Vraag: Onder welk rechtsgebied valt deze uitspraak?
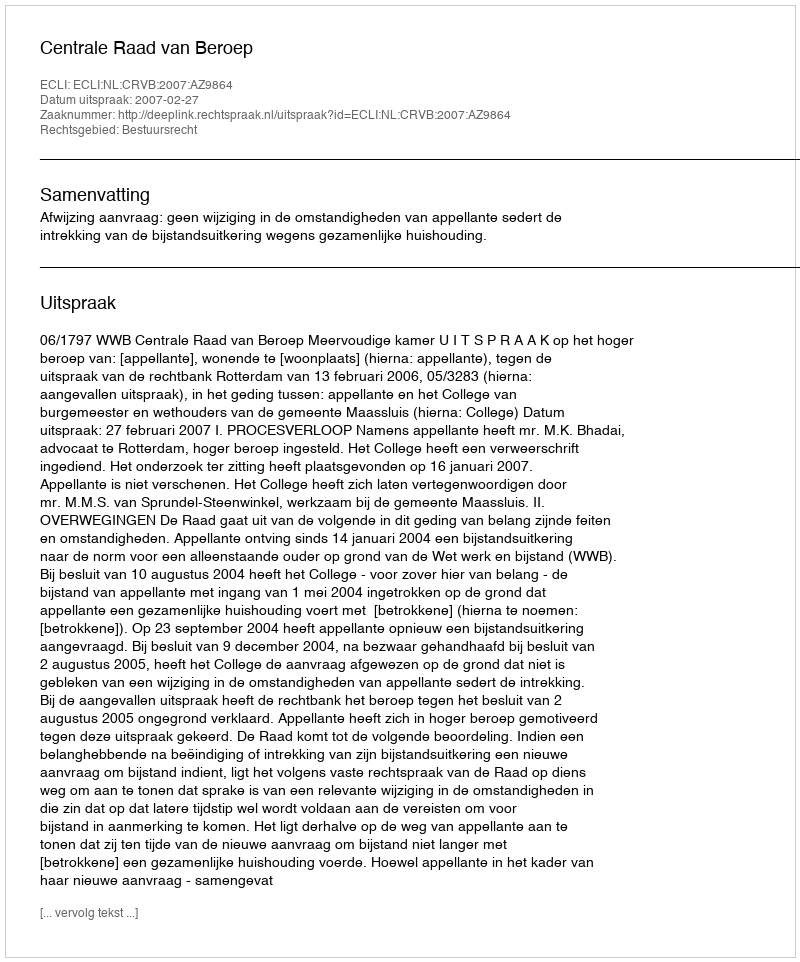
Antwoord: Bestuursrecht